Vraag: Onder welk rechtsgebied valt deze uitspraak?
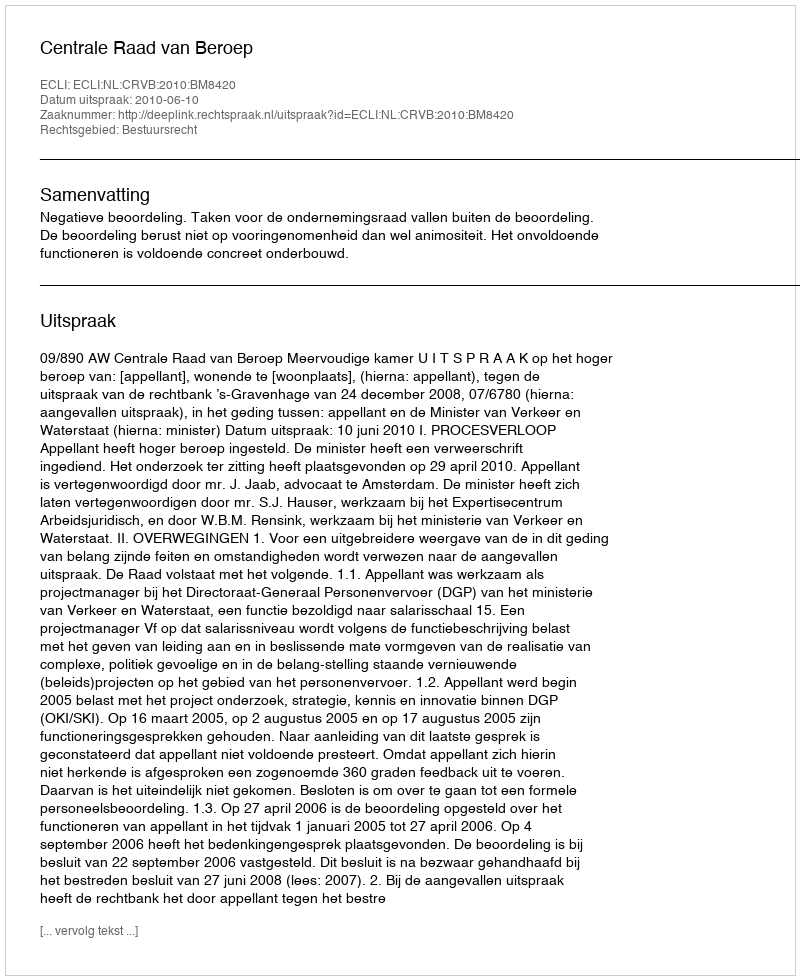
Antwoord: Bestuursrecht